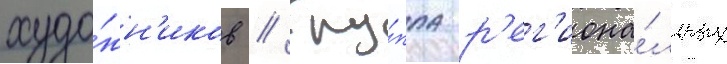
худо́жн'иков // Гру́ппа р'ег'иона́льных